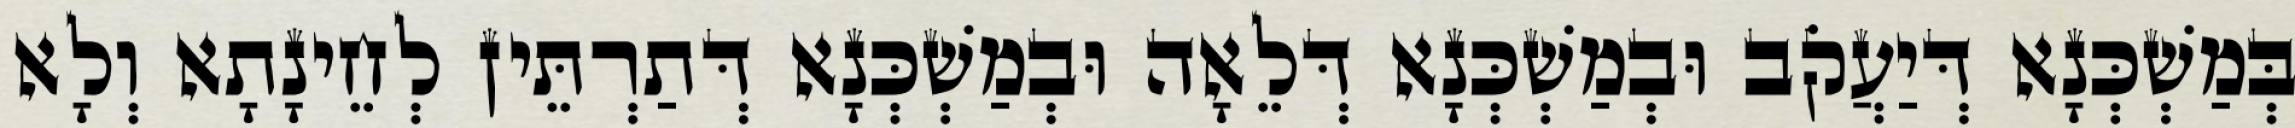
בְּמַשְׁכְּנָא דְּיַעֲקֹב וּבְמַשְׁכְּנָא דְּלֵאָה וּבְמַשְׁכְּנָא דְּתַרְתֵּין לְחֵינָתָא וְלָא